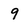
Character: 9